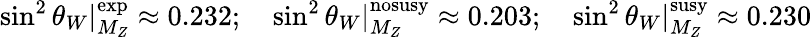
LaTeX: \sin^{2}\theta_{W}|_{M_{Z}}^{\mathrm{exp}}\approx 0.232;\quad\sin^{2}\theta_{W}|_{M_{Z}}^{\mathrm{nosusy}}\approx 0.203;\quad\sin^{2}\theta_{W}|_{M_{Z}}^{\mathrm{susy}}\approx 0.230